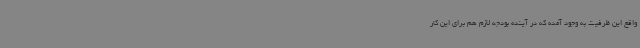
واقع این ظرفیت به وجود آمده که در آینده بودجه لازم هم برای این کار